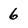
Character: 6